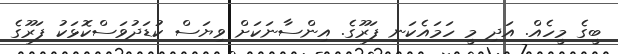
ބީގެ މީހެއް. އަދި މީ ހަމައެކަނި ފަރޫގެ. އިންސާނަކަށް ވިޔަސް ކުޑަދުވަސްކޮޅަކު ފަރޫގެ